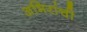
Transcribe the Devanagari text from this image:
अभिरांची